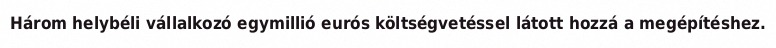
Három helybéli vállalkozó egymillió eurós költségvetéssel látott hozzá a megépítéshez.